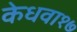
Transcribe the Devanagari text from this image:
केधवा१७